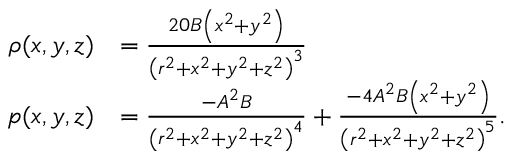
{ \begin{array} { r l } { \rho ( x , y , z ) } & { = { \frac { 2 0 B \left( x ^ { 2 } + y ^ { 2 } \right) } { \left( r ^ { 2 } + x ^ { 2 } + y ^ { 2 } + z ^ { 2 } \right) ^ { 3 } } } } \\ { p ( x , y , z ) } & { = { \frac { - A ^ { 2 } B } { \left( r ^ { 2 } + x ^ { 2 } + y ^ { 2 } + z ^ { 2 } \right) ^ { 4 } } } + { \frac { - 4 A ^ { 2 } B \left( x ^ { 2 } + y ^ { 2 } \right) } { \left( r ^ { 2 } + x ^ { 2 } + y ^ { 2 } + z ^ { 2 } \right) ^ { 5 } } } . } \end{array} }